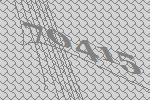
70415